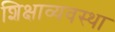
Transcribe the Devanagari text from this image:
शिक्षाव्यवस्था